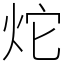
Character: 炨